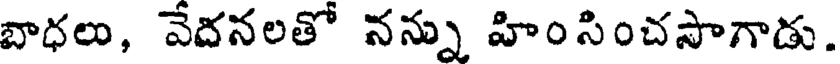
బాధలు, వేదనలతో నన్ను హింసించసాగాడు.